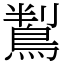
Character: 鵥